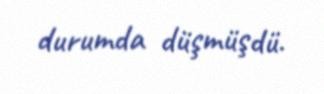
durumda düşmüşdü.